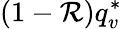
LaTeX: (1-\mathcal{R})q_{v}^{*}